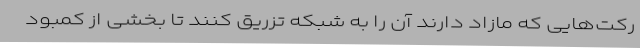
رکت‌هایی که مازاد دارند آن را به شبکه تزریق کنند تا بخشی از کمبود